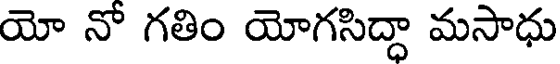
యో నో గతిం యోగసిద్దా మసాధు